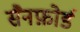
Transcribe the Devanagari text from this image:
सैनफ़ोर्ड